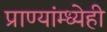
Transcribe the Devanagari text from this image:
प्राण्यांम्ध्येही